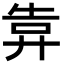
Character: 𢍎